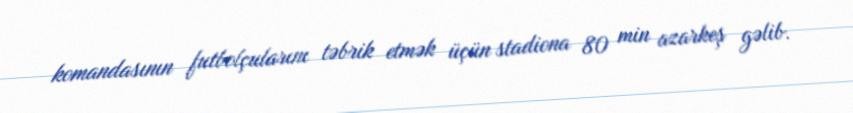
komandasının futbolçularını təbrik etmək üçün stadiona 80 min azarkeş gəlib.